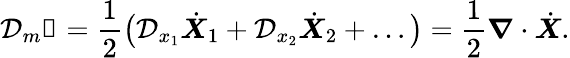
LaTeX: \mathcal{D}_{m}\mathbb{1}=\frac{1}{2}\big(\mathcal{D}_{x_{1}}\dot{\boldsymbol{X}}_{1}+\mathcal{D}_{x_{2}}\dot{\boldsymbol{X}}_{2}+\ldots\big)=\frac{1}{2}\boldsymbol{\nabla}\cdot\dot{\boldsymbol{X}}.